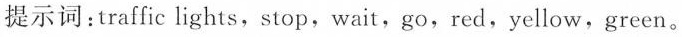
提示词：traffic lights，stop，wait，go，red，yellow，green。